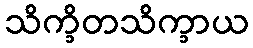
သိက္ခိတသိက္ခာယ